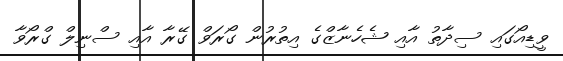
ވީޑިއޯގައި ސިދާތު އާއި ޝެހެނާޒްގެ އިތުރުން ގޯރަވް ގޭރާ އާއި ސްނިލް ގްރޯވާ